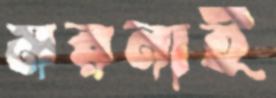
মরনাই